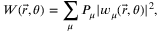
W ( \vec { r } , \theta ) = \sum _ { \mu } P _ { \mu } | w _ { \mu } ( \vec { r } , \theta ) | ^ { 2 } ,